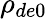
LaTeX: \rho_{de0}